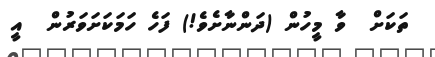
ތަކަށް  ވާ މީހުން (ދަންނާށެވެ!) ފަހެ ހަމަކަށަވަރުން  އީ